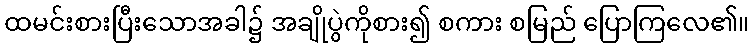
ထမင်းစားပြီးသောအခါ၌ အချိုပွဲကိုစား၍ စကား စမြည် ပြောကြလေ၏။